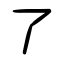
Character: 了